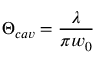
\Theta _ { c a v } = \frac { \lambda } { \pi w _ { 0 } }